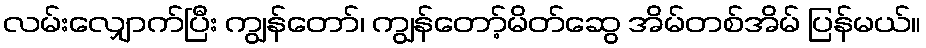
လမ်းလျှောက်ပြီး ကျွန်တော်၊ ကျွန်တော့်မိတ်ဆွေ အိမ်တစ်အိမ် ပြန်မယ်။